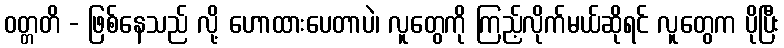
ဝတ္တတိ - ဖြစ်နေသည် လို့ ဟောထားပေတာပဲ၊ လူတွေကို ကြည့်လိုက်မယ်ဆိုရင် လူတွေက ပိုပြီး